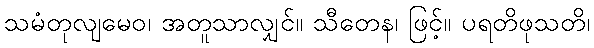
သမံတုလျမေဝ၊ အတူသာလျှင်။ သီတေန၊ ဖြင့်။ ပရတိဖုသတိ၊